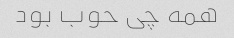
همه چی حوب بود